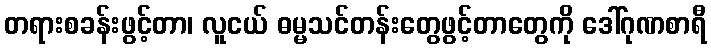
တရားစခန်းဖွင့်တာ၊ လူငယ် ဓမ္မသင်တန်းတွေဖွင့်တာတွေကို ဒေါ်ဂုဏစာရီ